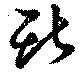
斯